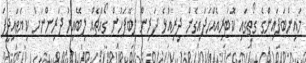
މައިންބަފައިންގެ ގޯތީގައި ކޮޓަރިއެއްހަދައިގެން ދިރިއުޅެ ދަރިން ލިބޭފަހުން ގޯއްޗެއް ލިބޭއިރު ދަރިންނަށް ކިޔަވައިދީފަ